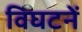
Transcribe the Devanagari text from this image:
विघटनें